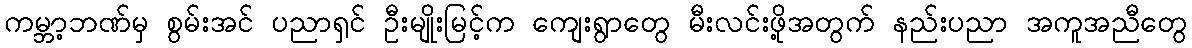
ကမ္ဘာ့ဘဏ်မှ စွမ်းအင် ပညာရှင် ဦးမျိုးမြင့်က ကျေးရွာတွေ မီးလင်းဖို့အတွက် နည်းပညာ အကူအညီတွေ